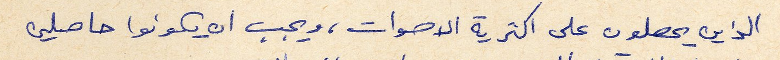
الذين يحصلون على اكثرية الاصوات، ويجب ان يكونوا حاصلين